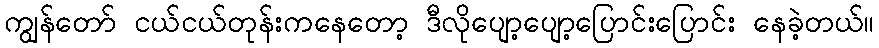
ကျွန်တော် ငယ်ငယ်တုန်းကနေတော့ ဒီလိုပျော့ပျော့ပြောင်းပြောင်း နေခဲ့တယ်။